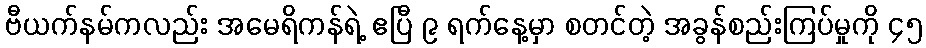
ဗီယက်နမ်ကလည်း အမေရိကန်ရဲ့ ဧပြီ ၉ ရက်နေ့မှာ စတင်တဲ့ အခွန်စည်းကြပ်မှုကို ၄၅